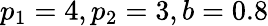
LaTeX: p_{1}=4,p_{2}=3,b=0.8